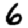
Digit: 6